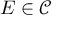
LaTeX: E \in { \mathcal { C } }